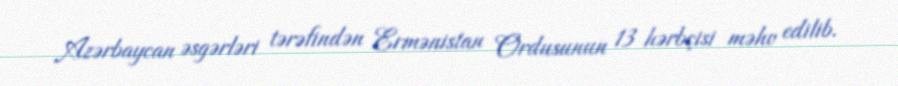
Azərbaycan əsgərləri tərəfindən Ermənistan Ordusunun 13 hərbçisi məhv edilib.